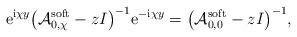
LaTeX: \begin{align*} {\rm e}^{{\rm i}\chi y} \bigl(\mathcal{A}_{0,\chi}^{\rm soft} - zI\bigr)^{-1} {\rm e}^{-{\rm i}\chi y} = \bigl(\mathcal{A}_{0,0}^{\rm soft} - zI\bigr)^{-1},\end{align*}